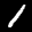
Label: 1